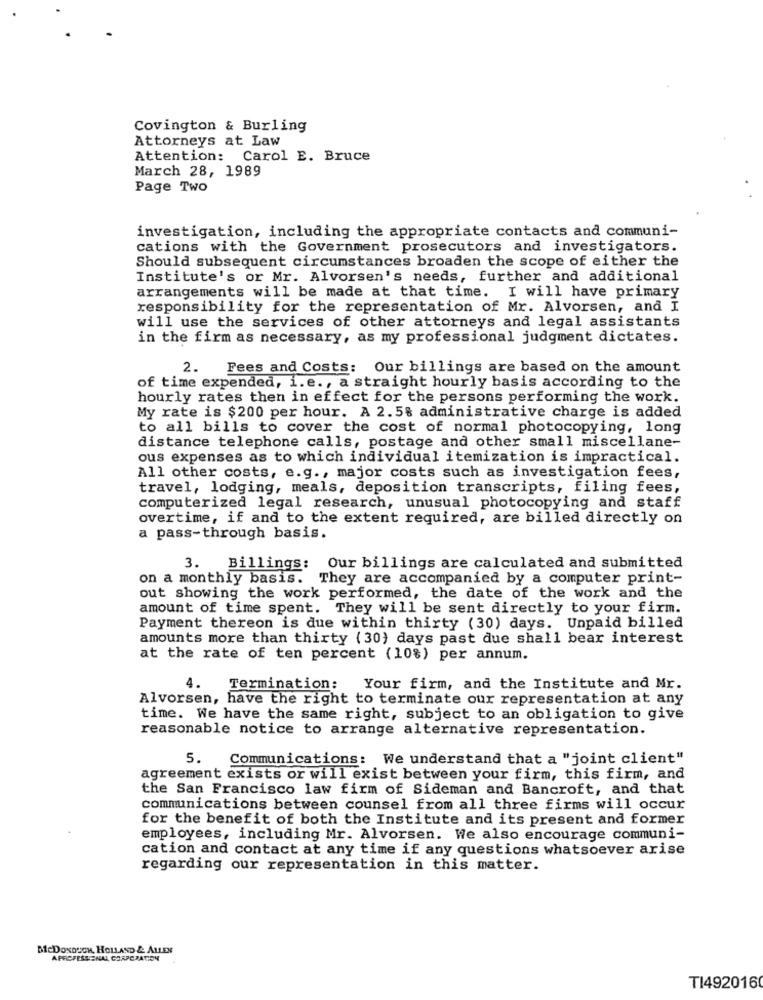
Covington & Burling
Attorneys at Law
Attention: Carol E. Bruce
March 28, 1989
Page Two
investigation, including the appropriate contacts and communi-
cations with the Government prosecutors and investigators.
Should subsequent circumstances broaden the scope of either the
Institute's or Mr. Alvorsen's needs, further and additional
arrangements will be made at that time. I will have primary
responsibility for the representation of Mr. Alvorsen, and I
will use the services of other attorneys and legal assistants
in the firm as necessary, as my professional judgment dictates.
2.
Fees and Costs: Our billings are based on the amount
of time expended, i.e ., a straight hourly basis according to the
hourly rates then in effect for the persons performing the work.
My rate is $200 per hour. A 2.5% administrative charge is added
to all bills to cover the cost of normal photocopying, long
distance telephone calls, postage and other small miscellane-
ous expenses as to which individual itemization is impractical.
All other costs, e.g ., major costs such as investigation fees,
travel, lodging, meals, deposition transcripts, filing fees,
computerized legal research, unusual photocopying and staff
overtime, if and to the extent required, are billed directly on
a pass-through basis.
3. Billings: Our billings are calculated and submitted
on a monthly basis. They are accompanied by a computer print-
out showing the work performed, the date of the work and the
amount of time spent. They will be sent directly to your firm.
Payment thereon is due within thirty (30) days. Unpaid billed
amounts more than thirty (30) days past due shall bear interest
at the rate of ten percent (10%) per annum.
4.
Termination: Your firm, and the Institute and Mr.
Alvorsen, have the right to terminate our representation at any
time. We have the same right, subject to an obligation to give
reasonable notice to arrange alternative representation.
5.
Communications: We understand that a "joint client"
agreement exists or will exist between your firm, this firm, and
the San Francisco law firm of Sideman and Bancroft, and that
communications between counsel from all three firms will occur
for the benefit of both the Institute and its present and former
employees, including Mr. Alvorsen. We also encourage communi-
cation and contact at any time if any questions whatsoever arise
regarding our representation in this matter.
BicDONOUGH, HOLLAND & ALLEN
APROFESSIONAL CORPORATION
TI492016